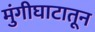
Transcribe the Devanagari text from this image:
मुंगीघाटातून